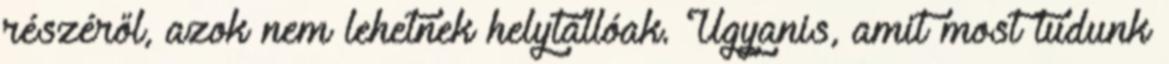
részéről, azok nem lehetnek helytállóak. Ugyanis, amit most tudunk